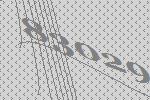
83029